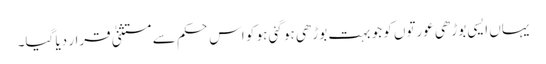
یہاں ایسی بوڑھی عورتوں کو جو بہت بوڑھی ہو گئی ہو کو اس حکم سے مستثنیٰ قرار دیا گیا۔